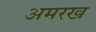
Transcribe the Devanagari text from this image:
अमरख